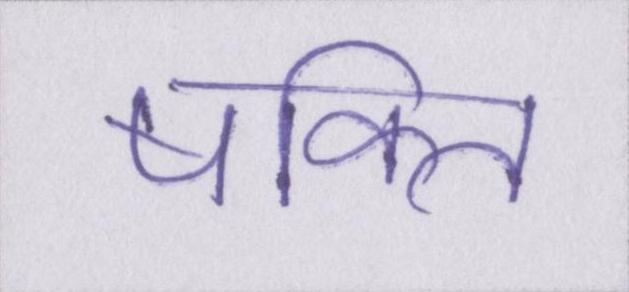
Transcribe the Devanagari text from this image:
षक्ति